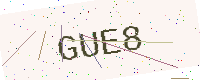
Text: GUE8